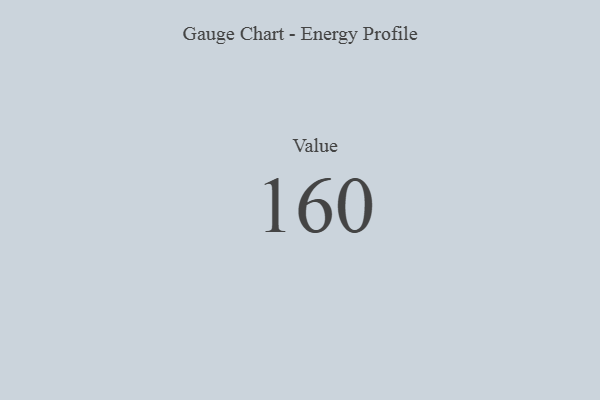
{"axis": {"x": "Metric", "y": "Value"}, "legend": [""], "data": [{"x": "Value", "y": 160, "type": ""}]}